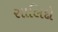
સાલિદો